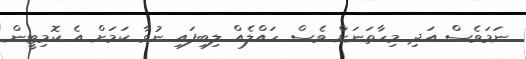
ނަމަވެސް އަދި މިހާތަނަށް ވެސް ހައްލެއް ލިބިފައި ނުވާ ކަމަށް އެ ކޮމިޓީން